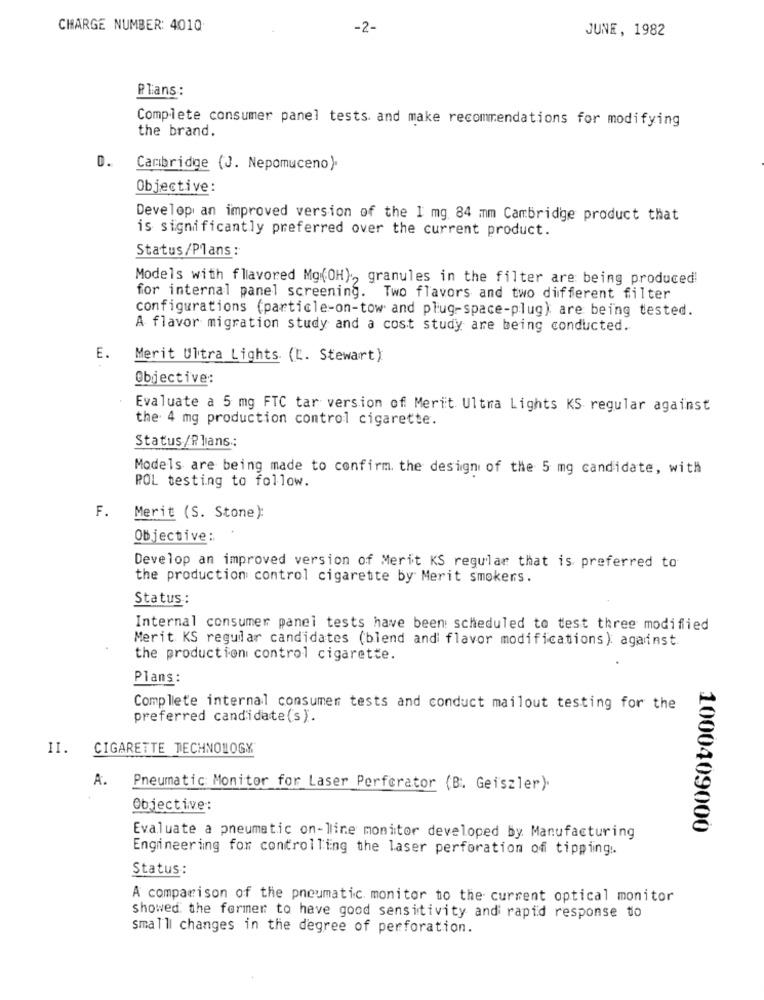
CHARGE NUMBER: 4010
-2-
JUNE, 1982
Plans :
Complete consumer panel tests. and make recommendations for modifying
the brand.
0.
Cambridge (J. Nepomuceno)
Objective:
Develop an improved version of the 1 mg. 84 mm Cambridge product that
is significantly preferred over the current product.
Status/Plans :
Models with flavored Mg(OH), granules in the filter are being produced!
for internal panel screening. Two flavors and two different filter
configurations (particle-on-tow and plug-space-plug): are being tested.
A flavor migration study and a cost study are being conducted.
E.
Merit Ultra Lights (L. Stewart)
Objective:
Evaluate a 5 mg FTC tar version of Merit Ultra Lights KS regular against
the 4 mg production control cigarette.
Status/Rlans:
Models are being made to confirm the design of the 5 mg candidate, with
ROL testing to follow.
F.
Merit (S. Stone):
Objective :
Develop an improved version of Merit KS regular that is preferred to
the production control cigarette by Merit smokers.
Status:
Internal consumer panel tests have been: scheduled to test three modified
Merit KS regular candidates (blend and flavor modifications): against.
the production control cigarette.
Plans:
Complete internal consumer tests and conduct mailout testing for the
preferred candidate(s).
II.
CIGARETTE TECHNOLOGY
A.
Pneumatic Monitor for Laser Perforator (B. Geiszler).
Objective:
1000409000
Evaluate a pneumatic on-line monitor developed by. Manufacturing
Engineering for controlling the laser perforation of tipping :.
Status:
A comparison of the pneumatic monitor to the current optical monitor
showed the former to have good sensitivity and rapid response to
small changes in the degree of perforation.